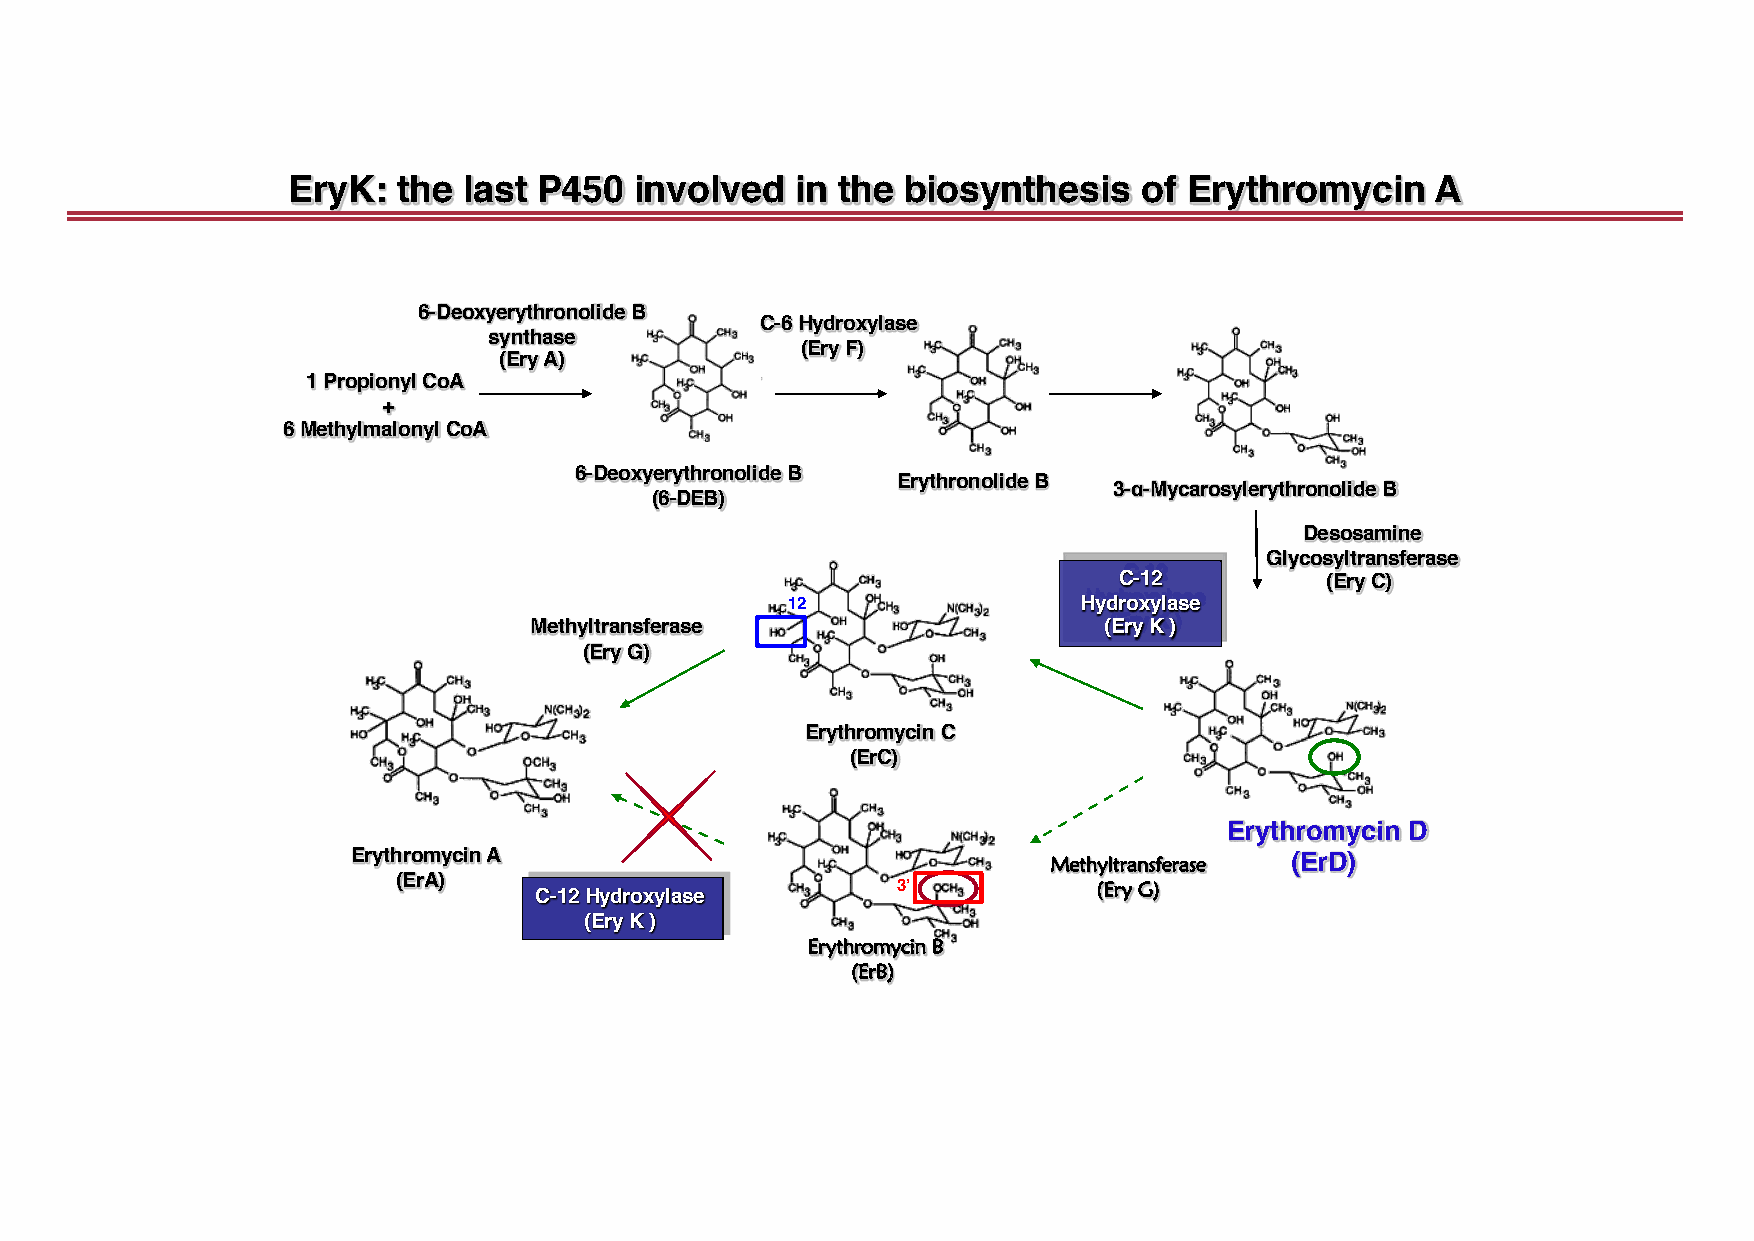
EryK:  the  last P450  involved   in the biosynthesis    of Erythromycin    A
 6-Deoxyerythronolide B
 C-6 Hydroxylase
 synthase
 (Ery F)
 (Ery A)
 1 PropionylCoA
 +
 6 MethylmalonylCoA
 6-Deoxyerythronolide B
 Erythronolide B
 3-α-Mycarosylerythronolide B
 (6-DEB)
 Desosamine
 Glycosyltransferase
 C-12          (Ery C)
 12                  Hydroxylase
 Methyltransferase                     (Ery K )
 (Ery G)
 Erythromycin C
 (ErC)
 Erythromycin D
 Erythromycin A                                 MMeetthhyyllttrraannssffeerraassee (ErD)
 (ErA)                            3’            ((EErryyGG))
 C-12 Hydroxylase
 (Ery K )
 EErryytthhrroommyycciinn BB
 ((EErrBB))